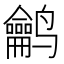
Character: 𱊵